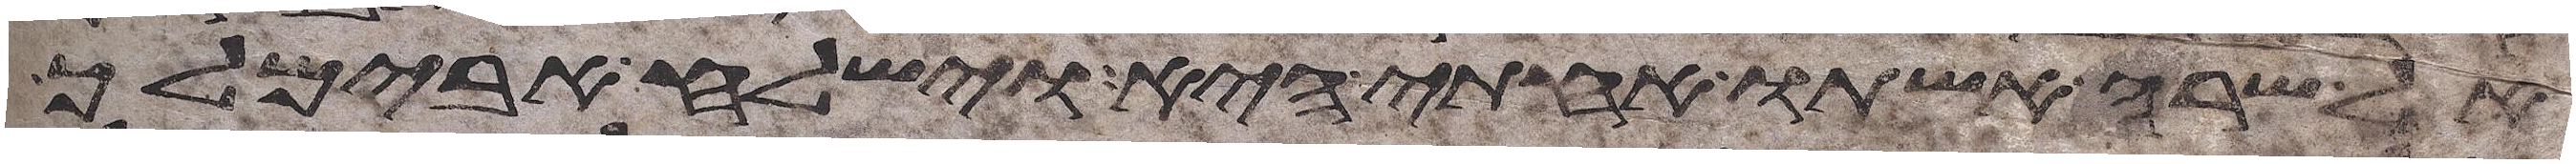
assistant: אל שרה אשתו אחותי היא וישלח אבימלך